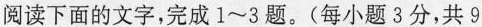
阅读下面的文字，完成1~3题。(每小题3分，共9